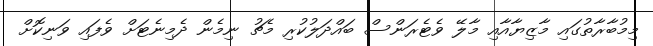
މިމުބާރާތުގައި މާޒިޔާއާއި މާލޭ ވެޓެރަންސް ބައްދަލުކުރި މެޗު ނިމެން ދެމިނެޓަށް ވެފައި ވަނިކޮށް